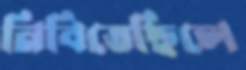
নিবিতেছিলে